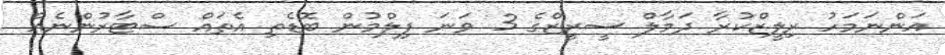
އަންނަމަހު ރިލީޒްކުރާ ދަމާލް ސީރީޒްގެ 3 ވަނަ ފިލްމުން ބޮޑެތި އެތައް ސްޓާރުންނެއް